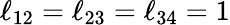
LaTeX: \ell_{12}=\ell_{23}=\ell_{34}=1